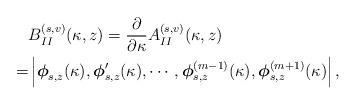
LaTeX: \begin{align*} & B_{II}^{(s, v)}(\kappa, z) = \frac{\partial}{\partial \kappa} A_{II}^{(s, v)}(\kappa, z) \\ = & \left| \boldsymbol{\phi}_{s, z}(\kappa) , \boldsymbol{\phi}_{s, z}'(\kappa), \cdots, \boldsymbol{\phi}_{s, z}^{(m-1)}(\kappa), \boldsymbol{\phi}_{s, z}^{(m+1)}(\kappa) \right|, \end{align*}